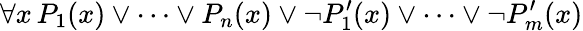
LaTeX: \forall x\, P_{1}(x)\lor\cdots\lor P_{n}(x)\lor\neg P_{1}^{\prime}(x)\lor\cdots\lor\neg P_{m}^{\prime}(x)